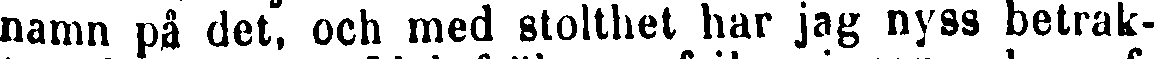
namn på det, och med stolthet har jag nyss betrak-